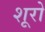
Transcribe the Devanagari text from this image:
शूरो